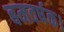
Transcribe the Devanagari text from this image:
बमवर्षक।